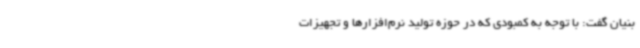
بنیان گفت: با توجه به کمبودی که در حوزه تولید نرم‌افزارها و تجهیزات